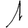
Digit: 1